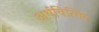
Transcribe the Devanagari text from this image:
अर्थवित्त्तिय